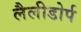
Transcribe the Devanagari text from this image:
लैलीडोर्प